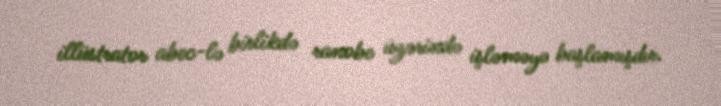
illüstrator abec-lə birlikdə ranobe üzərində işləməyə başlamışdır.